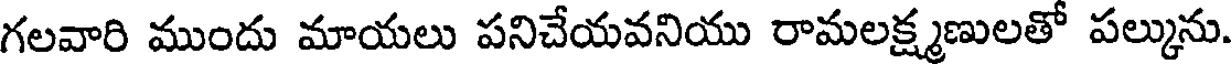
గలవారి ముందు మాయలు పనిచేయవనియు రామలక్ష్మణులతో పల్కును.